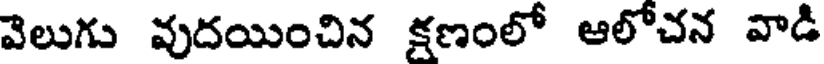
వెలుగు వుదయించిన క్షణంలో ఆలోచన వాడి